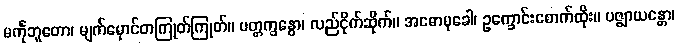
မင်္ကုဘူတော၊ မျက်မှောင်တကြုတ်ကြုတ်။ ပတ္တက္ခန္ဓော၊ လည်ငိုက်ဆိုက်။ အဓောမုခေါ၊ ဥက္ခောင်းစောက်ထိုး။ ပဇ္ဈာယန္တော၊